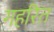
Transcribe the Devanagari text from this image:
गहरित